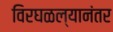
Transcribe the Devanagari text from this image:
विरघळल्यानंतर